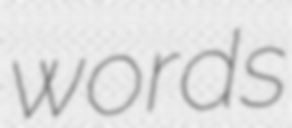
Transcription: words